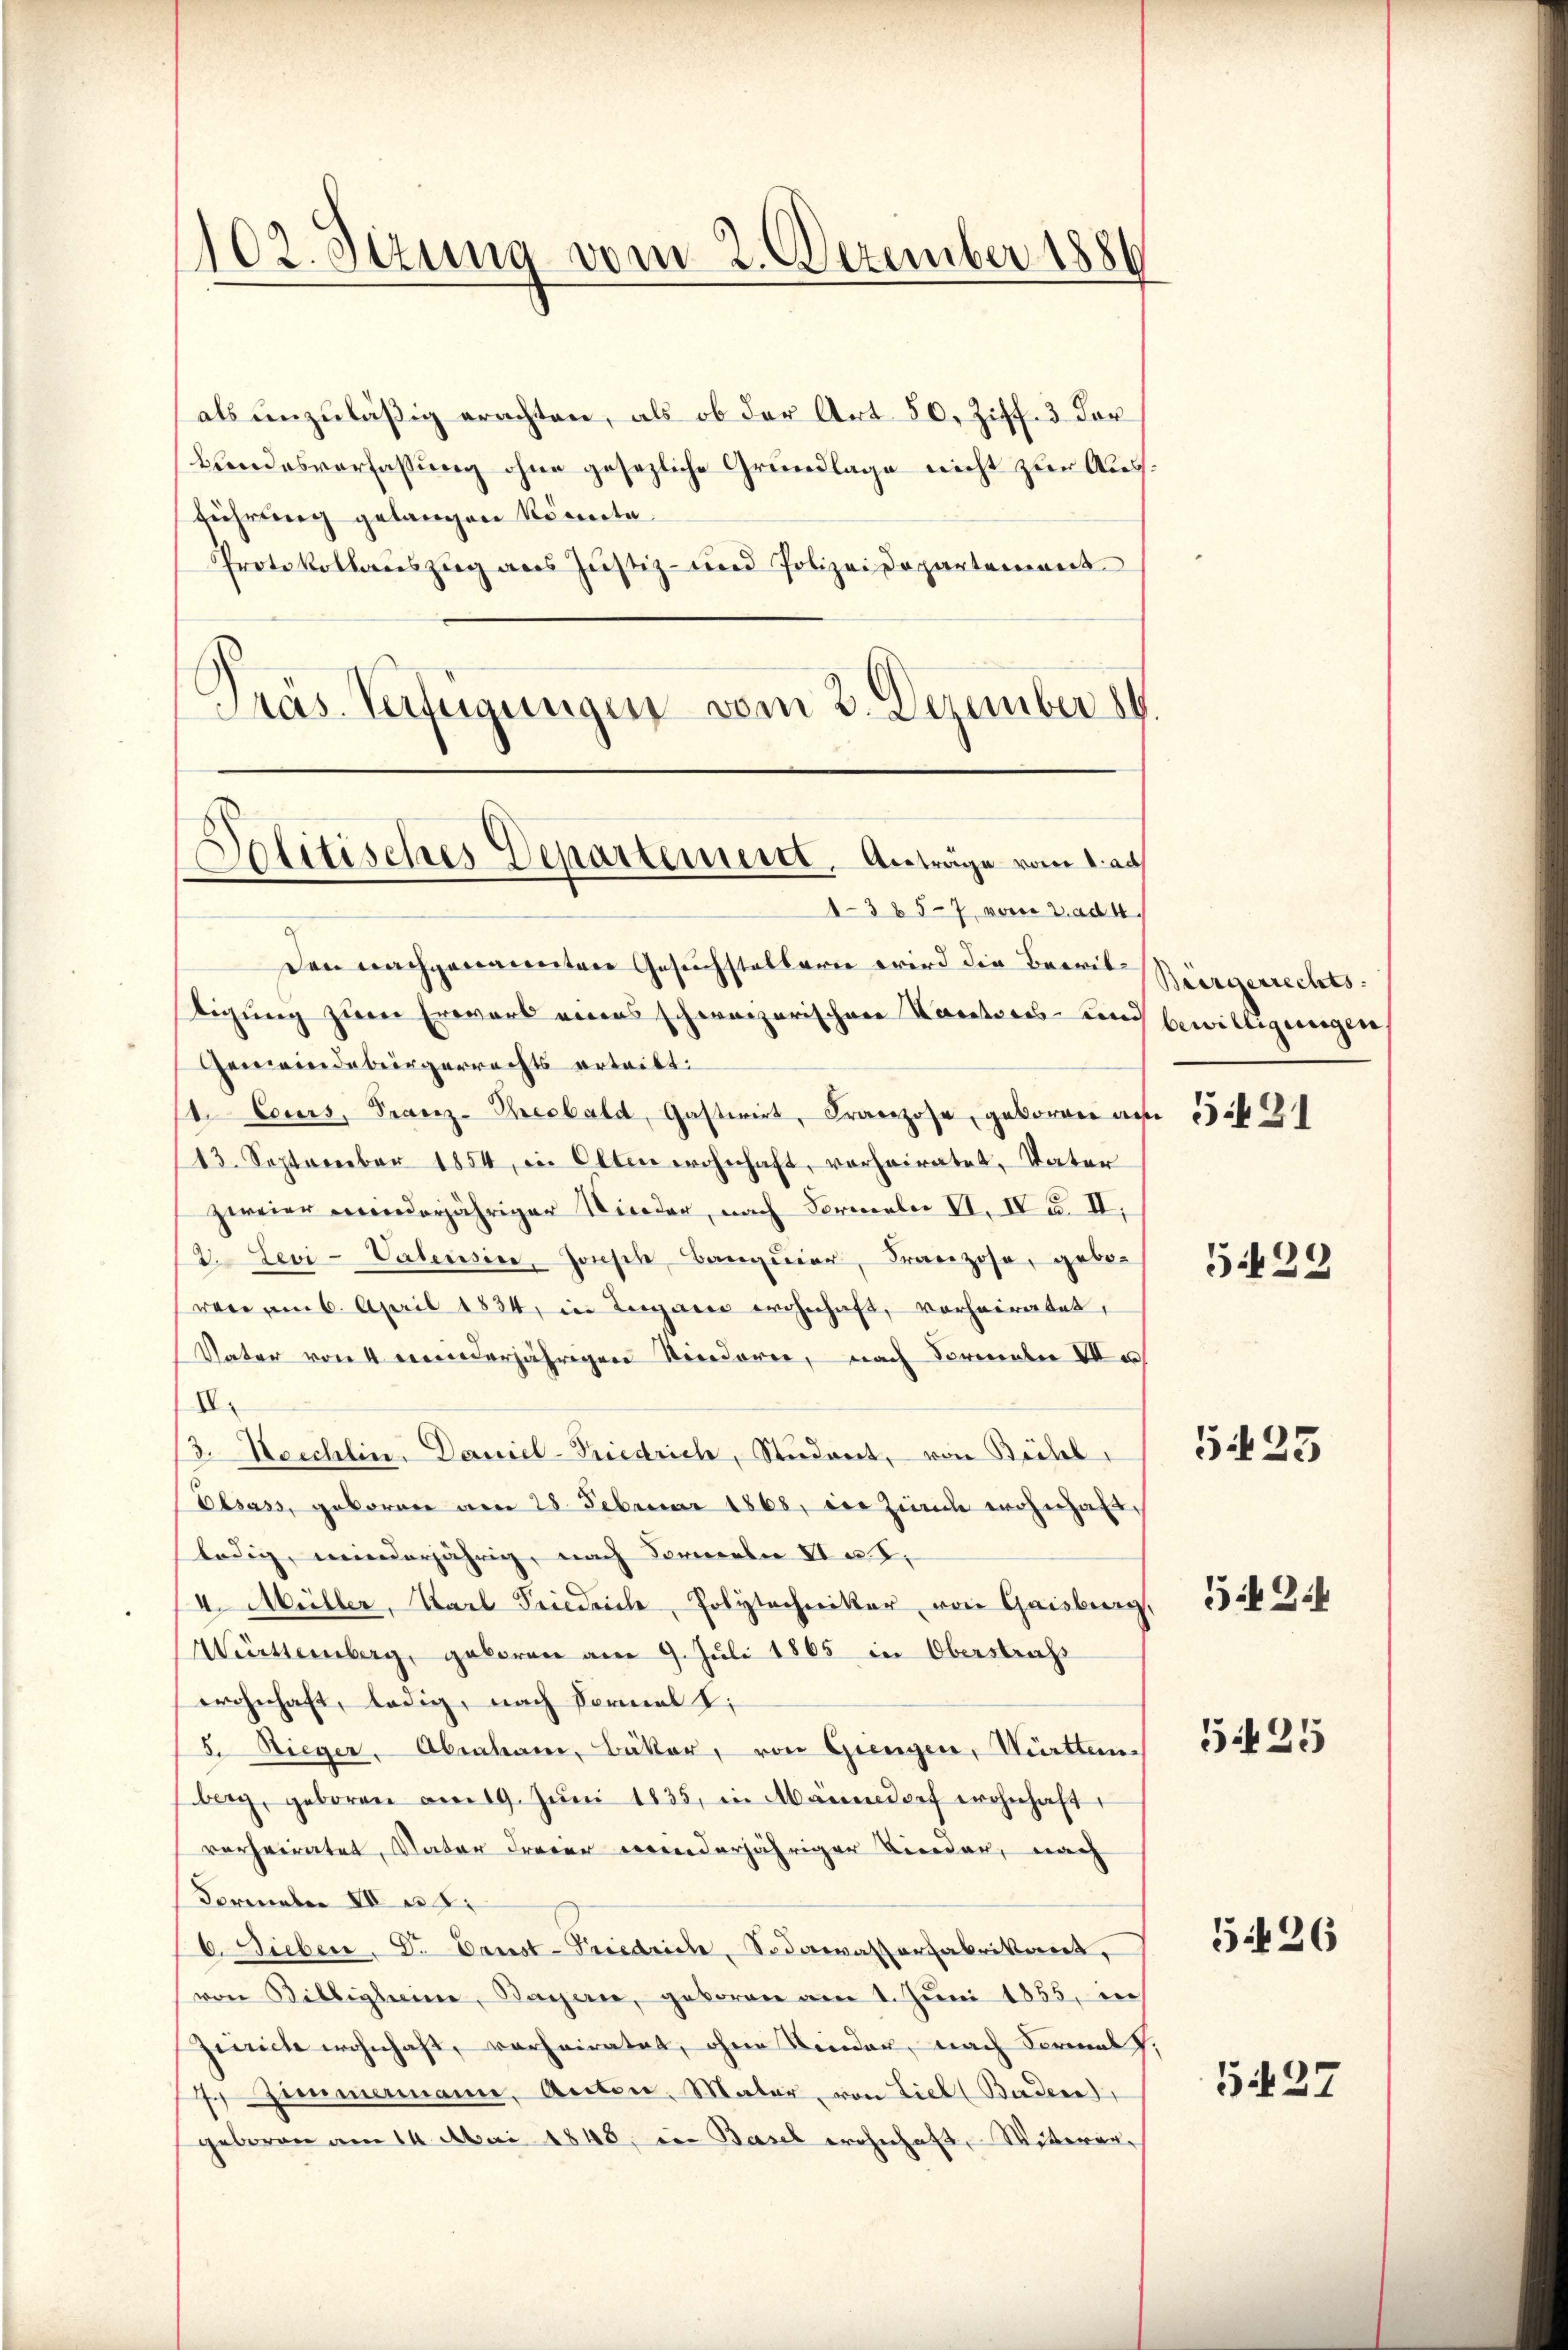
102. Sizung vom 2. Dezember 1886

als unzuläßig erachten, als ob der Art. 50, Ziff. 3 der
Bundesverfassung ohne gesezliche Grundlage nicht zur Ausführung gelangen könnte.
Protokollauszug aus Justiz- und Polizeidepartement
Präs. Verfügungen vom 3. Dezember 14.

Solitisches Departement. Anträge vom 1. au
1-385-7 vom 2. ad 4.

Den nachgananeitere Gesuchstaltern wird die Bewiltigung zum Erwart eines schweizerischen Kantons- und bewilligungen
Gemeindebürgerrechts erteilt.
t. Cours, Franz-Presbald, Gastwirt, Franzose, geboren am 15 f 2
13. September 1854, in Olten wohnhaft, vorheiratet, Vater
zweier meinderjähriger Nieder, nach Formeln VI. IV u. II.
2. Levi-Valensire, Jonsch, Banquier, Franzose, geboven am 6. April 1824, in Lugano wohnhaft, vorheiratet,
Vater von 4 einderjährigen Kinderer, nach Formale de
II.
13. Neschlin. Daniel-Friedrich, Student, von Büchel,
Olsass, geborene am 28. Februar 1868, die Zunde wohnhaft
ledig, minderjährig, nach Formeln II a S.
4. Müller, Starl Friedrich, Polytechniker von Gaisberg,
Württemberg, geboren am 9. Juli 1865 in Oberstrafs
wohnhaft, ledig, nach Formal
5. Sieger, Abraham, Bäker, von Giengen, Württem-
berg, geboren am 19. Jŭni 1835, in Mänedorf wohnhaft,
vorheiratet, Vater dreier wenderjähriger Lieder, nach
November II 2
6. Sieben. Dr. Daust-Friedrich, Sodawasserfabrikant,
von Bibligheim, Basen, geboren am 1. Juni 1855, in
Zimich wohnhaft, verheiratet, ohne Kinder, nach Formal J.
7 tenmamanne, Anton, Mater, von Liel ( Baden,
geboren am 14. Mai 1848, in Basel wohnhaft, Witteran¬

Bürgerrechts-

5429

5425

5.2.1

5425

5426

G37